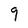
Character: 9